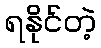
ရနိုင်တဲ့